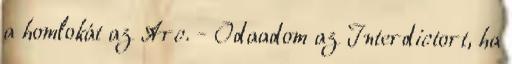
a homlokát az Arc. - Odaadom az Interdictort, ha